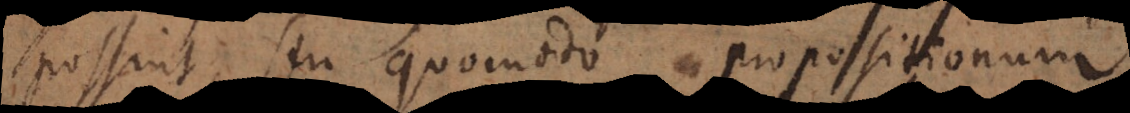
possint; seu quomodo propositionum